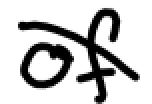
Text: of
Cross-out: diagonal
Writing tool: digital_black